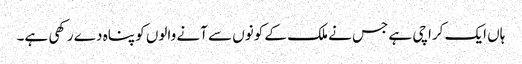
ہاں ایک کراچی ہے جس نے ملک کے کونوں سے آنے والوں کو پناہ دے رکھی ہے۔